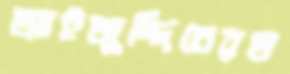
আইজুদ্দিনেরড